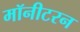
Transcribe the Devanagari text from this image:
मॉनीटरन